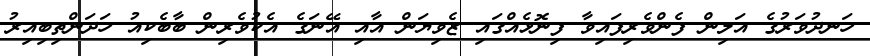
ހަނދުވަރުގެ އަލިން ފެންވެރިފައިވާ ފިނޮޅެއްގައި ޒެވިޔަން އާއި އޭނަގެ އެކުވެރިން ބާބެކިއު ހަދަންތިބިއިރު